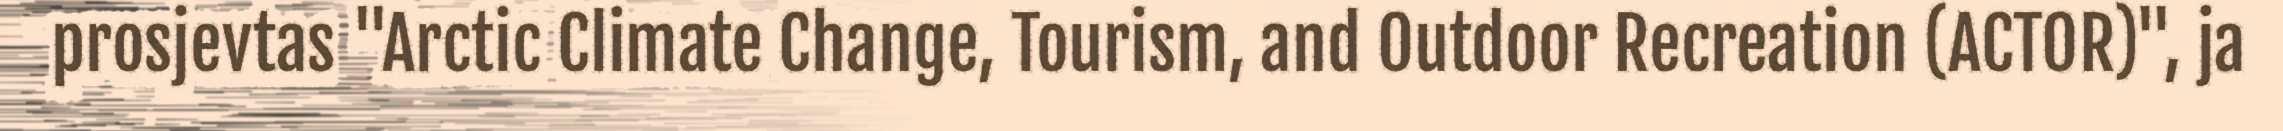
prosjevtas "Arctic Climate Change, Tourism, and Outdoor Recreation (ACTOR)", ja